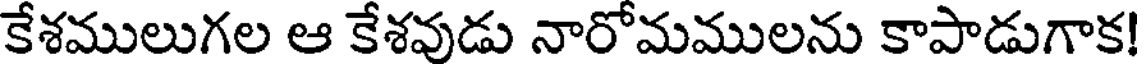
కేశములుగల ఆ కేశవుడు నారోమములను కాపాడుగాక!